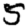
Digit: 5